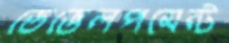
ডেভেলপমেন্ট